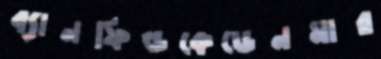
ব্যানফিল্ডকেডেনমার